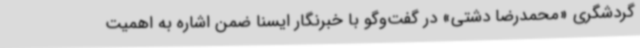
گردشگری «محمدرضا دشتی» در گفت‌وگو با خبرنگار ایسنا ضمن اشاره به اهمیت